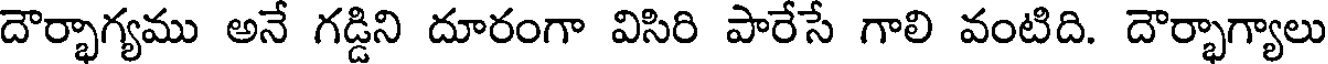
దౌర్భాగ్యము అనే గడ్డిని దూరంగా విసిరి పారేసే గాలి వంటిది. దౌర్భాగ్యాలు